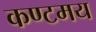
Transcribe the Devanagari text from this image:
कण्टमय